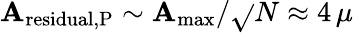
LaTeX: \mathbf{A}_{\mathrm{{residual,P}}}\sim\mathbf{A}_{\mathrm{{max}}}/\sqrt{}{{N}}\approx4\, \mu